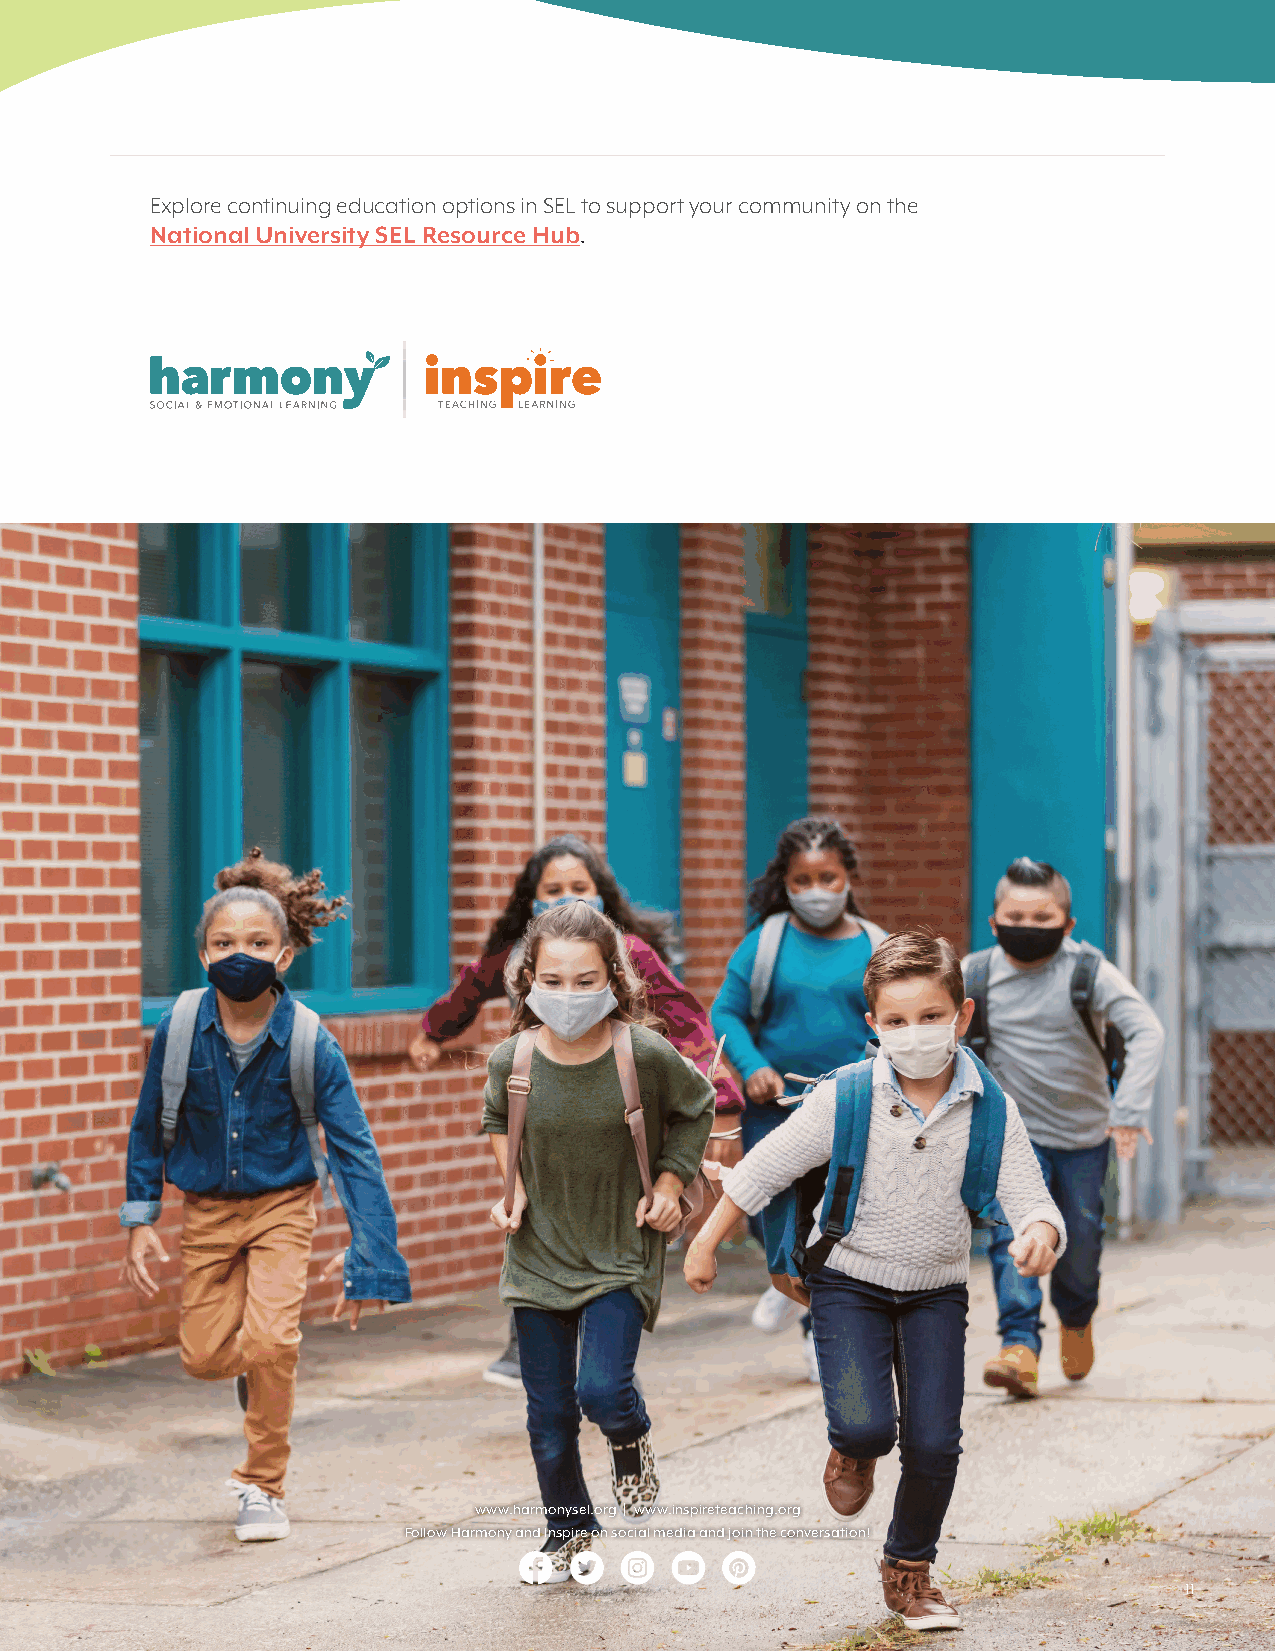
Explore continuing education options in SEL to support your community on the
 National University SEL Resource Hub.
 www.harmonysel.org | www.inspireteaching.org
 Follow Harmony and Inspire on social media and join the conversation!
 111111